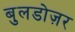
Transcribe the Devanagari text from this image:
बुलडोज़र